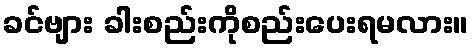
ခင်ဗျား ခါးစည်းကိုစည်းပေးရမလား။